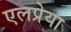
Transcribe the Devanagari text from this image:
एलप्रेया